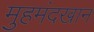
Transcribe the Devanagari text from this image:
मुहमंदखान